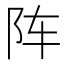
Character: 阵